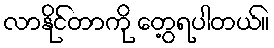
လာနိုင်တာကို တွေ့ရပါတယ်။